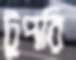
টুপরি